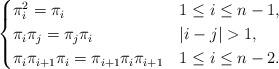
LaTeX: \begin{align*}\begin{cases}\pi_i^2 = \pi_i & 1 \leq i \leq n-1, \\\pi_i \pi_j = \pi_j \pi_i & |i - j| > 1, \\\pi_i \pi_{i+1} \pi_i = \pi_{i+1} \pi_i \pi_{i+1} & 1 \leq i \leq n-2.\end{cases}\end{align*}